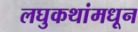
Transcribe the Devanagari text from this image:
लघुकथांमधून